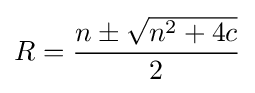
R={\frac {n\pm {\sqrt {n^{2}+4c}}}{2}}